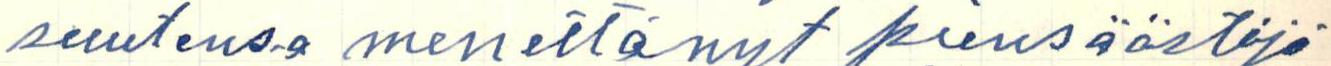
suutensa menettänyt piensäästäjä